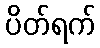
ပိတ်ရက်